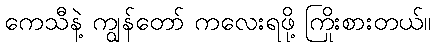
ကေသီနဲ့ ကျွန်တော် ကလေးရဖို့ ကြိုးစားတယ်။